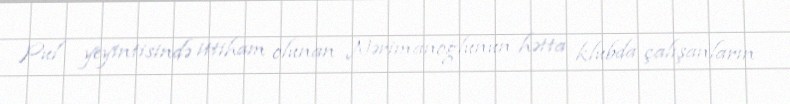
Pul yeyintisində ittiham olunan Nərimanoğlunun hətta klubda çalışanların